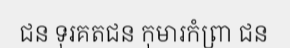
ជន ទុរគតជន កុមារកំព្រា ជន